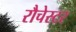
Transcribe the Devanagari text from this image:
रौचेस्टर